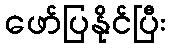
ဖော်ပြနိုင်ပြီး